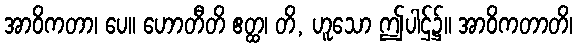
အာဝိကတာ၊ ပေ။ ဟောတီတိ ဧတ္ထ၊ တိ, ဟူသော ဤပါဌ်၌။ အာဝိကတာတိ၊